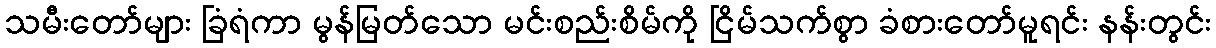
သမီးတော်များ ခြံရံကာ မွန်မြတ်သော မင်းစည်းစိမ်ကို ငြိမ်သက်စွာ ခံစားတော်မူရင်း နန်းတွင်း